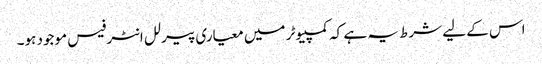
اس کے لیے شرط یہ ہے کہ کمپیوٹر میں معیاری پیرلل انٹرفیس موجود ہو۔